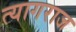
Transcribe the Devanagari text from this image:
त्‍यागराज